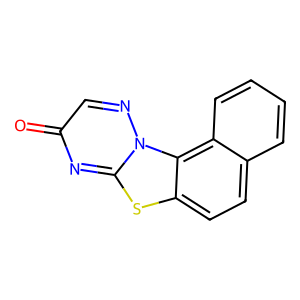
SMILES: O=c1cnn2c(n1)sc1ccc3ccccc3c12
Inhibits HIV replication: No